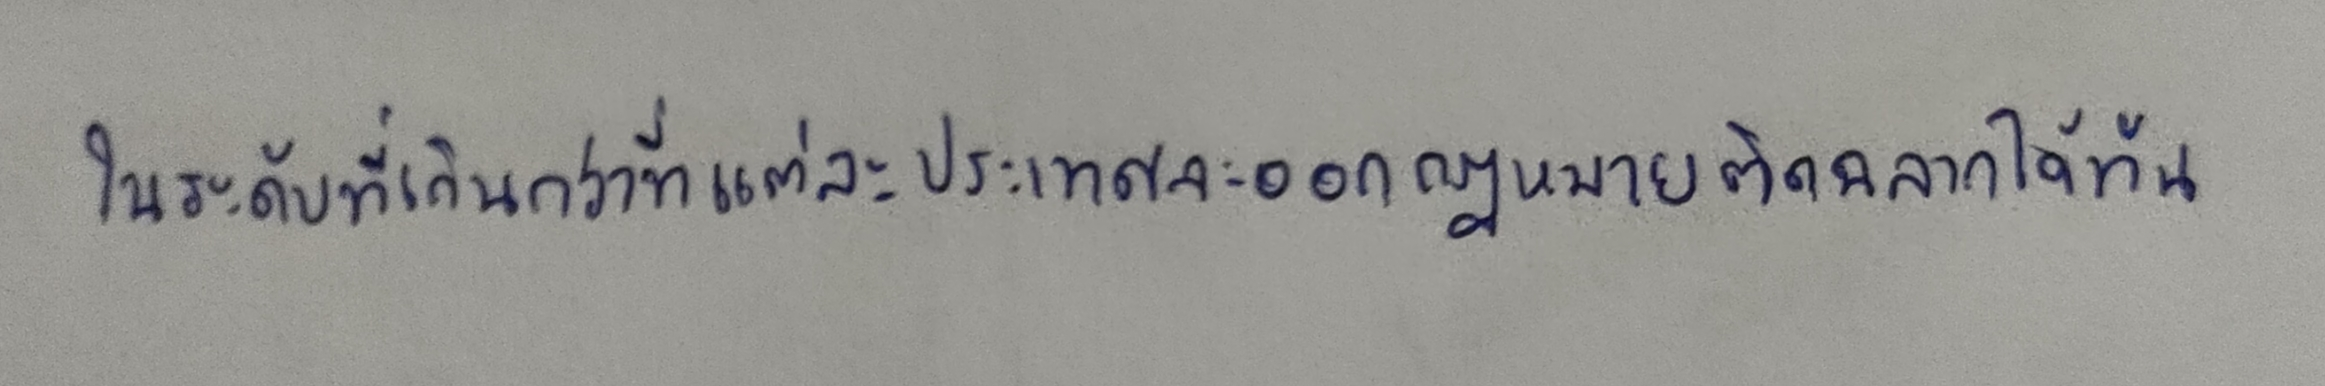
ในระดับที่เกินกว่าที่แต่ละประเทศจะออกกฎหมายติดฉลากได้ทัน